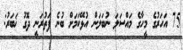
75 އަހަރުގެ މީހާގެ މައްސަލަ ނުބަލަން އުޅޭކަމަށް ބުނެ ފަތުރަނީ ދޮގު ޚަބަރު: